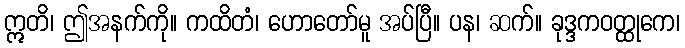
ဣတိ၊ ဤအနက်ကို။ ကထိတံ၊ ဟောတော်မူ အပ်ပြီ။ ပန၊ ဆက်။ ခုဒ္ဒကဝတ္ထုကေ၊